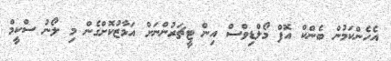
އެހެންކަމުން ބެންކް އޮފް މޯލްޑިވްސް އިން ޓީޗަރުންނަށް އަމާޒުކޮށްގެން މި ލޯނު ސްކީމް